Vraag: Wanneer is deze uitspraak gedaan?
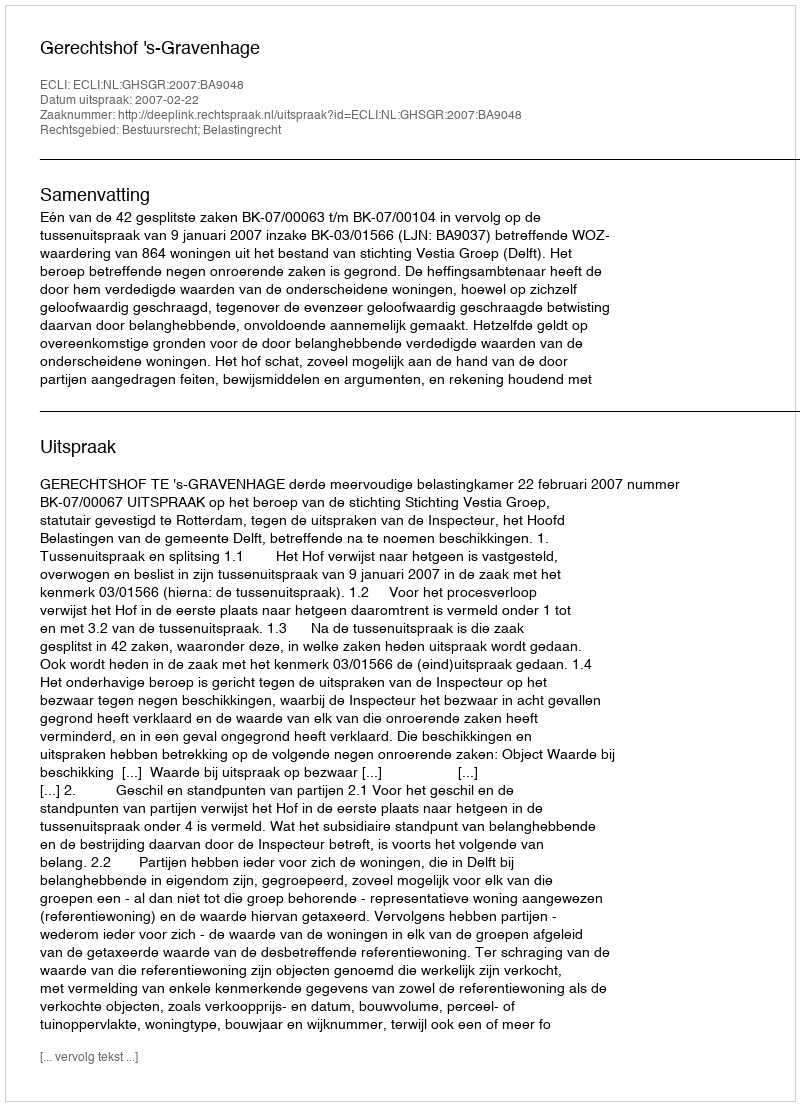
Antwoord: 2007-02-22